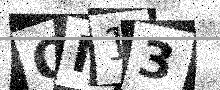
Text: QM13